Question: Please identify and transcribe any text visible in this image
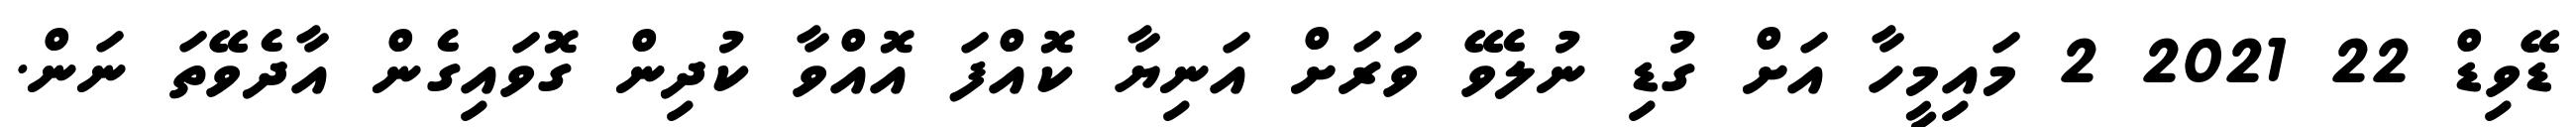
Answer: ޑޭވިޑް 22 2021 2 މައިމީހާ އަށް ގުޑި ނުލެވޭ ވަރަށް އަނިޔާ ކޮއްފަ އޮއްވާ ކުދިން ގޮވައިގެން އާދެވޭތަ ނަން.